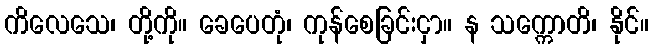
ကိလေသေ၊ တို့ကို။ ခေပေတုံ၊ ကုန်စေခြင်းငှာ။ န သက္ကောတိ၊ နိုင်။